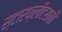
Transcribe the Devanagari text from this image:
स्टारफ्लीटसाठी